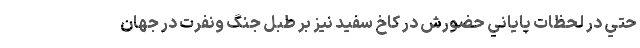
حتي در لحظات پاياني حضورش در كاخ سفيد نيز بر طبل جنگ ونفرت در جهان